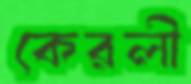
কেরলী